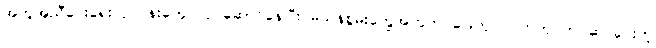
အကူအညီပေးရေးလုပ်ငန်းတွေ လုပ်ဆောင်နေပြီး မသန်စွမ်းတွေအတွက် ခြေတု၊ လက်တု တပ်ဆင်ပေးတဲ့